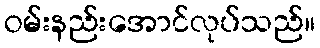
ဝမ်းနည်းအောင်လုပ်သည်။